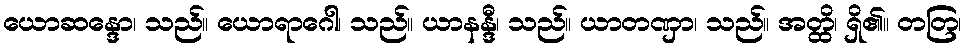
ယောဆန္ဒော၊ သည်။ ယောရာဂေါ၊ သည်။ ယာနန္ဒီ၊ သည်။ ယာတဏှာ၊ သည်။ အတ္ထိ၊ ရှိ၏။ တတြ၊